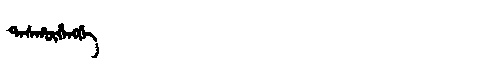
Manchu: ᡨᠠᠰᡥᡡᡥᠠᠩᡤᡝ
Romanization: TASHŪHANGGE